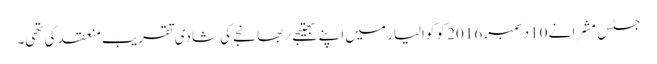
جسٹس مشرا نے 10دسمبر 2016 کو گوالیار میں اپنے بھتیجے؍بھانجے کی شادی تقریب منعقد کی تھی۔